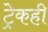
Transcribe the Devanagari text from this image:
ट्रेकही